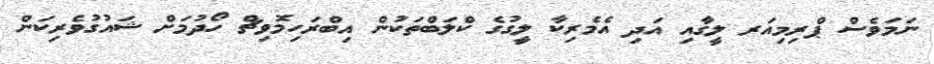
ނަމަވެސް ޕްރިމިއަރ ލީގާއި އަދި އެމެރިކާ ލީގުގެ ކްލަބްތަކުން އިބްރަހިމޮވިޗް ހޯދުމަށް ޝައުގުވެރިކަން